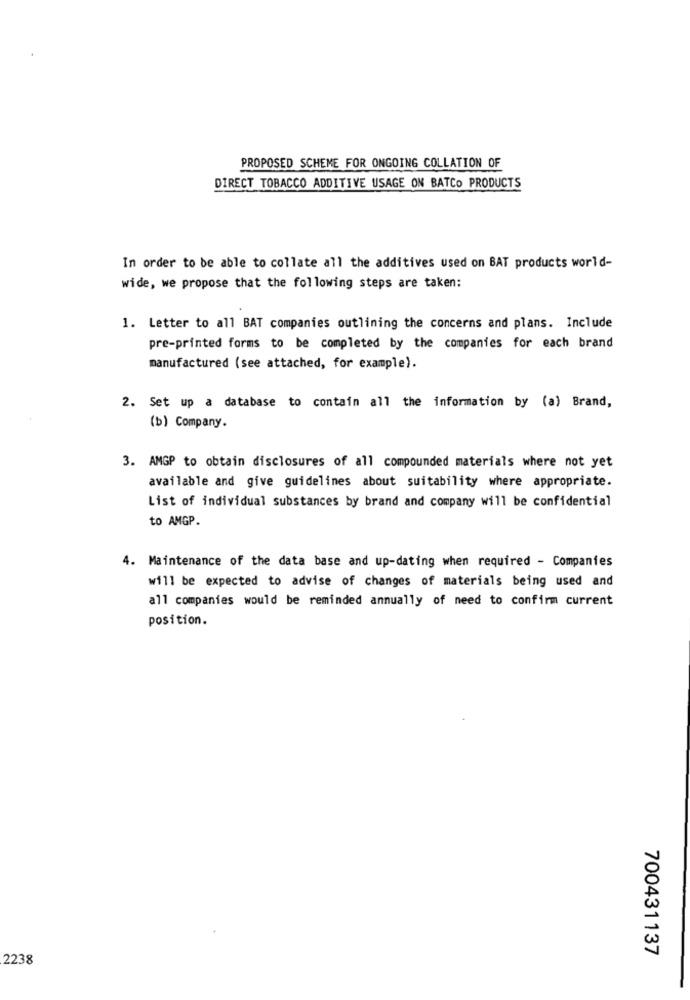
PROPOSED SCHEME FOR ONGOING COLLATION OF
DIRECT TOBACCO ADDITIVE USAGE ON BATCO PRODUCTS
In order to be able to collate all the additives used on BAT products world-
wide, we propose that the following steps are taken:
1. Letter to all BAT companies outlining the concerns and plans. Include
pre-printed forms to be completed by the companies for each brand
manufactured (see attached, for example).
2. Set up a database to contain all the information by (a) Brand,
(b) Company.
3. AMGP to obtain disclosures of all compounded materials where not yet
available and give guidelines about suitability where appropriate.
List of individual substances by brand and company will be confidential
to AMGP.
4. Maintenance of the data base and up-dating when required - Companies
will be expected to advise of changes of materials being used and
all companies would be reminded annually of need to confirm current
position.
700431137
2238